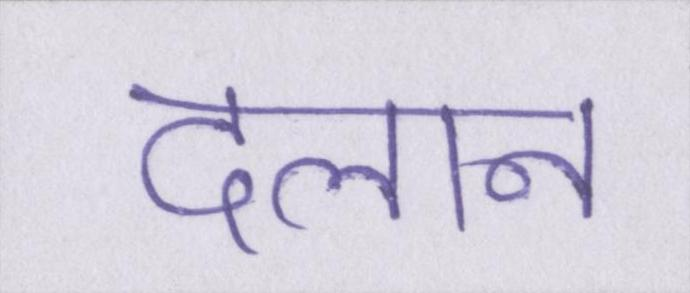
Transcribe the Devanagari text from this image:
दलान